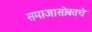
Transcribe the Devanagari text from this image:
समाजासोबतचे